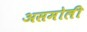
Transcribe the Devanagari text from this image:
असमोली